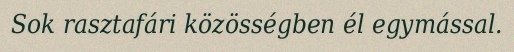
Sok rasztafári közösségben él egymással.